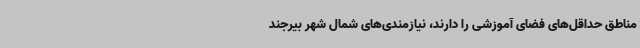
مناطق حداقل‌های فضای آموزشی را دارند، نیازمندی‌های شمال شهر بیرجند